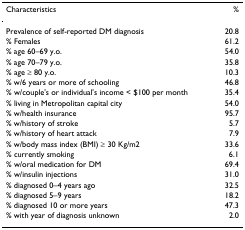
| Characteristics | % |
 | --- | --- |
 | Prevalence of self-reported DM diagnosis | 20.8 |
 | % Females | 61.2 |
 | % age 60–69 y.o. | 54.0 |
 | % age 70–79 y.o. | 35.8 |
 | % age ≥ 80 y.o. | 10.3 |
 | % w/6 years or more of schooling | 46.8 |
 | % w/couple's or individual's income < $100 per month | 35.4 |
 | % living in Metropolitan capital city | 54.0 |
 | % w/health insurance | 95.7 |
 | % w/history of stroke | 5.7 |
 | % w/history of heart attack | 7.9 |
 | % w/body mass index (BMI) ≥ 30 Kg/m2 | 33.6 |
 | % currently smoking | 6.1 |
 | % w/oral medication for DM | 69.4 |
 | % w/insulin injections | 31.0 |
 | % diagnosed 0–4 years ago | 32.5 |
 | % diagnosed 5–9 years | 18.2 |
 | % diagnosed 10 or more years | 47.3 |
 | % with year of diagnosis unknown | 2.0 |